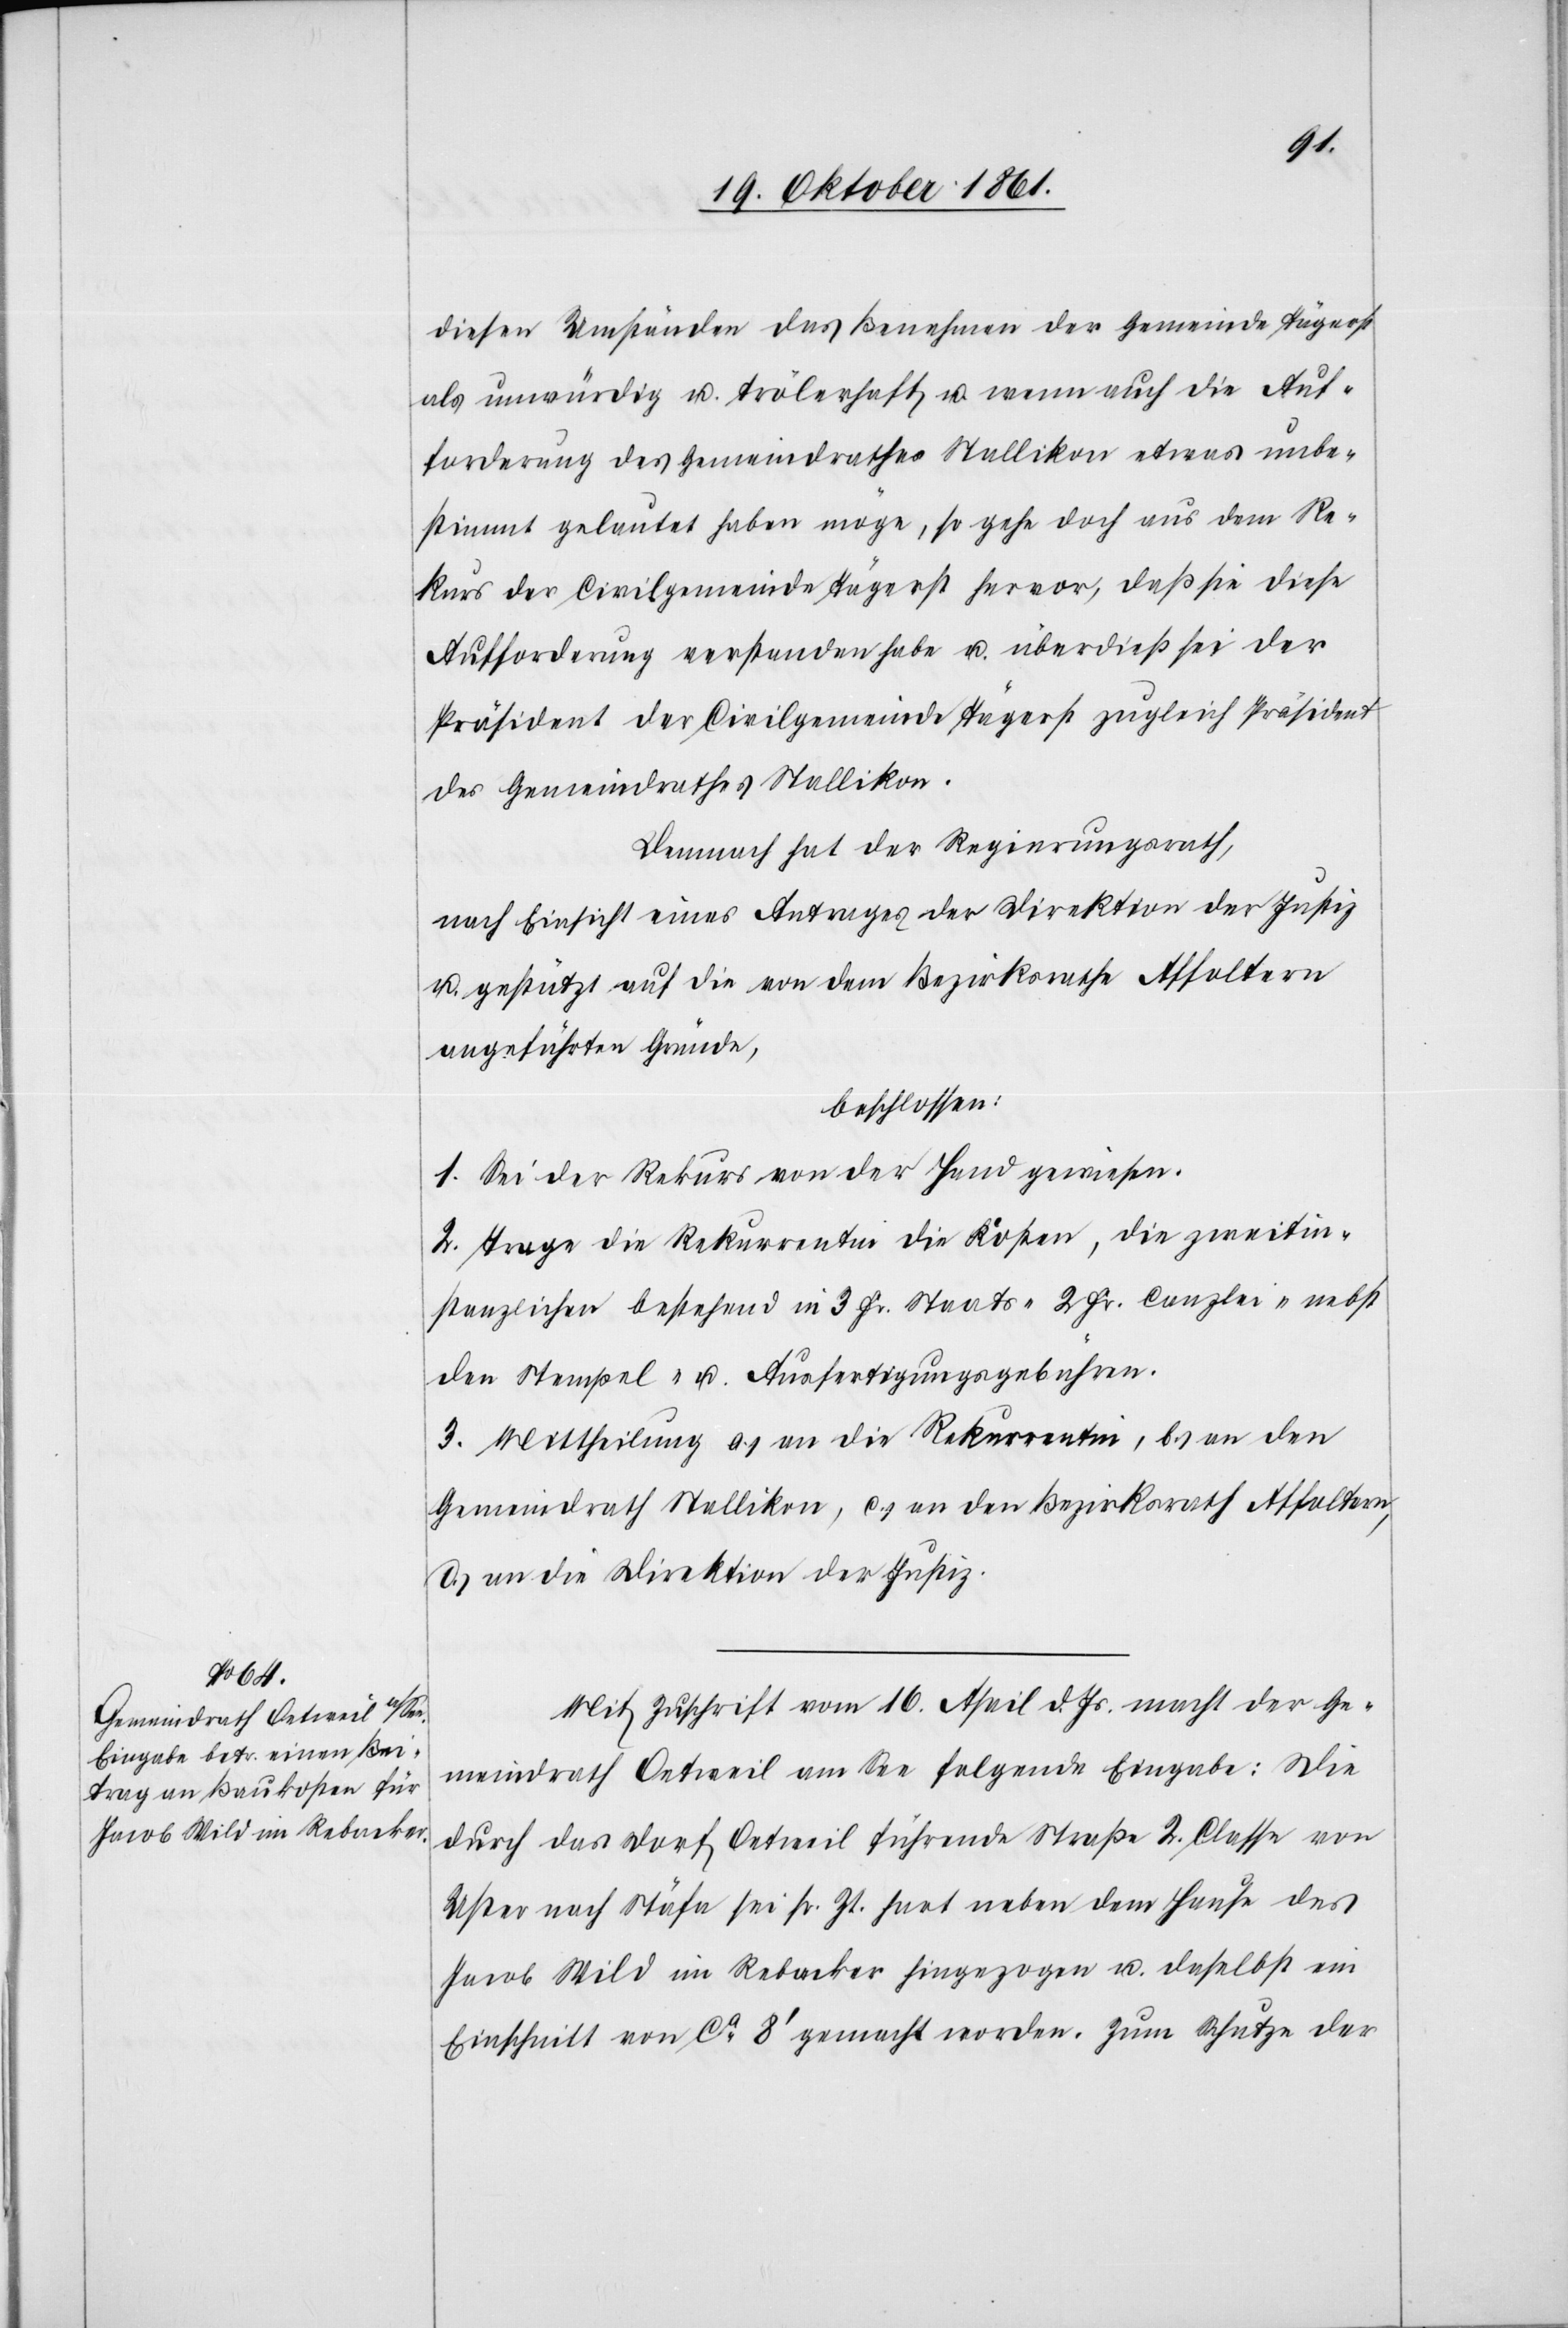
diesen Umständen das Benehmen der Gemeinde Tägerst
als unwürdig u. trölerhaft u. wenn auch die Auf¬
forderung des Gemeindrathes Stallikon etwas unbe¬
stimmt gelautet haben möge, so gehe doch aus dem Re¬
kurs der Civilgemeinde Tägerst hervor, daß sie diese
Aufforderung verstanden habe u. überdieß sei der
Präsident der Civilgemeinde Tägerst zugleich Präsident
des Gemeindrathes Stallikon.
Demnach hat der Regierungsrath,
nach Einsicht eines Antrages der Direktion der Justiz
u. gestützt auf die von dem Bezirksrathe Affoltern
angeführten Gründe,
beschlossen:
1. Sei der Rekurs von der Hand gewiesen.
2. Trage die Rekurrentin die Kosten, die zweitin¬
stanzlichen bestehend in 3 Fr. Staats-[,] 2 Fr. Canzlei-[,] nebst
den Stempel[-] u. Ausfertigungsgebühren.
3. Mittheilung a) an die Rekurrentin, b) an den
Gemeindrath Stallikon, c) an den Bezirksrath Affoltern,
d) an die Direktion der Justiz.
Mit Zuschrift vom 16 April d. Js. macht der Ge¬
meindrath Oetweil am See folgende Eingabe: Die
durch das Dorf Oetweil führende Straße 2 Classe von
Uster nach Stäfa sei sr. Zt. hart neben dem Hause des
Jacob Wild im Rebacker hingezogen u. daselbst ein
Einschnitt von ca 8’ gemacht worden. Zum Schutze der